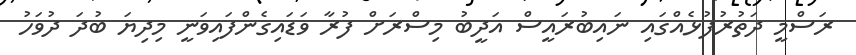
ރަސްމީ ދަތުރުފުޅެއްގައި ނައިބުރައީސް އަދީބު މިސްރަށް ފުރާ ވަޑައިގެންފައިވަނީ މިދިޔަ ބުދަ ދުވަހު